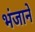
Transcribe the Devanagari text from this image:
भंजाने